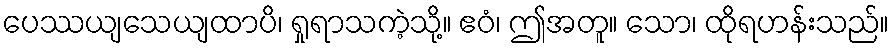
ပေဿယျသေယျထာပိ၊ ရှုရာသကဲ့သို့။ ဧဝံ၊ ဤအတူ။ သော၊ ထိုရဟန်းသည်။